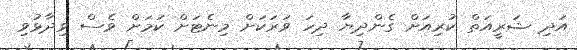
އަދި ޝަރީއަތް ކުރިއަށް ގެންދިޔާ ދިހަ ވަރަކަށް މިނެޓަށް ކަމަށް ވެސް ވިދާޅުވި